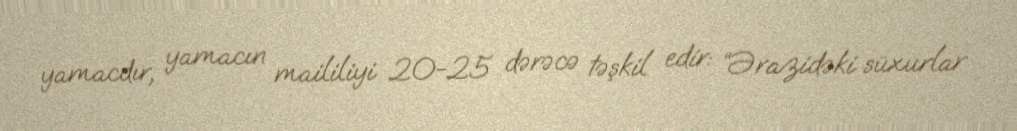
yamacdır, yamacın maililiyi 20-25 dərəcə təşkil edir: “Ərazidəki süxurlar